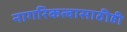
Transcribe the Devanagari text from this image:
नागरिकत्वासाठीही